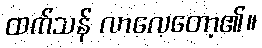
ထက်သန် လာလေတော့၏။